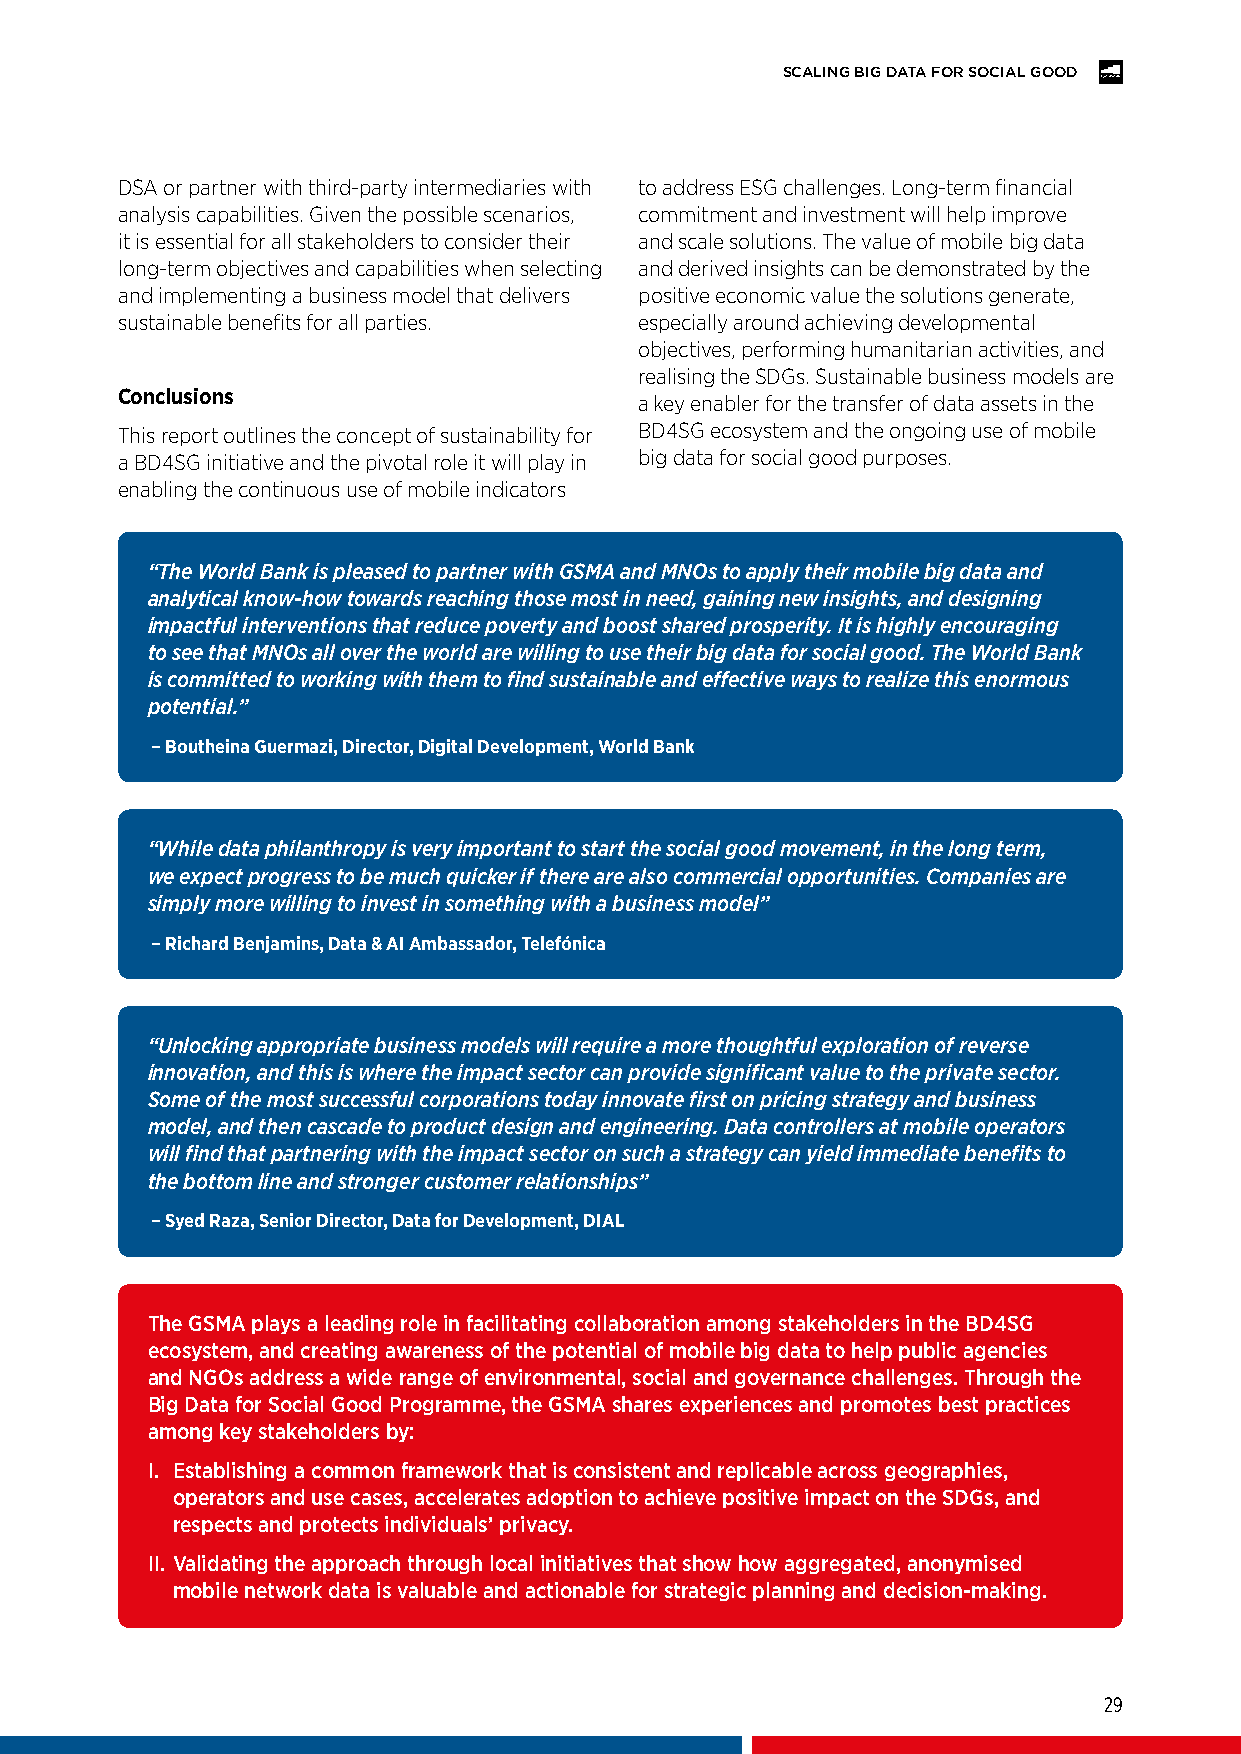
SCALING BIG DATA FOR SOCIAL GOOD
 DSA or partner with third-party intermediaries with to address ESG challenges. Long-term financial
 analysis capabilities. Given the possible scenarios, commitment and investment will help improve
 it is essential for all stakeholders to consider their and scale solutions. The value of mobile big data
 long-term objectives and capabilities when selecting and derived insights can be demonstrated by the
 and implementing a business model that delivers positive economic value the solutions generate,
 sustainable benefits for all parties. especially around achieving developmental
 objectives, performing humanitarian activities, and
 realising the SDGs. Sustainable business models are
 Conclusions                       a key enabler for the transfer of data assets in the
 This report outlines the concept of sustainability for BD4SG ecosystem and the ongoing use of mobile
 a BD4SG initiative and the pivotal role it will play in big data for social good purposes.
 enabling the continuous use of mobile indicators
 “The World Bank is pleased to partner with GSMA and MNOs to apply their mobile big data and
 analytical know-how towards reaching those most in need, gaining new insights, and designing
 impactful interventions that reduce poverty and boost shared prosperity. It is highly encouraging
 to see that MNOs all over the world are willing to use their big data for social good. The World Bank
 is committed to working with them to find sustainable and effective ways to realize this enormous
 potential.”
 – Boutheina Guermazi, Director, Digital Development, World Bank
 “While data philanthropy is very important to start the social good movement, in the long term,
 we expect progress to be much quicker if there are also commercial opportunities. Companies are
 simply more willing to invest in something with a business model”
 – Richard Benjamins, Data & AI Ambassador, Telefónica
 “Unlocking appropriate business models will require a more thoughtful exploration of reverse
 innovation, and this is where the impact sector can provide significant value to the private sector.
 Some of the most successful corporations today innovate first on pricing strategy and business
 model, and then cascade to product design and engineering. Data controllers at mobile operators
 will find that partnering with the impact sector on such a strategy can yield immediate benefits to
 the bottom line and stronger customer relationships”
 – Syed Raza, Senior Director, Data for Development, DIAL
 The GSMA plays a leading role in facilitating collaboration among stakeholders in the BD4SG
 ecosystem, and creating awareness of the potential of mobile big data to help public agencies
 and NGOs address a wide range of environmental, social and governance challenges. Through the
 Big Data for Social Good Programme, the GSMA shares experiences and promotes best practices
 among key stakeholders by:
 I. Establishing a common framework that is consistent and replicable across geographies,
 operators and use cases, accelerates adoption to achieve positive impact on the SDGs, and
 respects and protects individuals’ privacy.
 II. Validating the approach through local initiatives that show how aggregated, anonymised
 mobile network data is valuable and actionable for strategic planning and decision-making.
 29